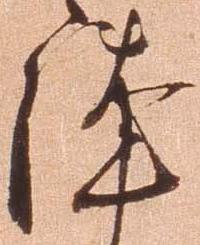
謹